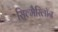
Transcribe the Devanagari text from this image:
सिल्मैरिलॉन